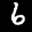
Label: 6